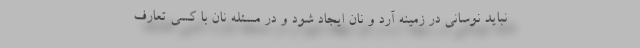
نباید نوسانی در زمینه آرد و نان ایجاد شود و در مسئله نان با کسی تعارف